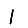
Digit: 1